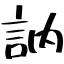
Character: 訥